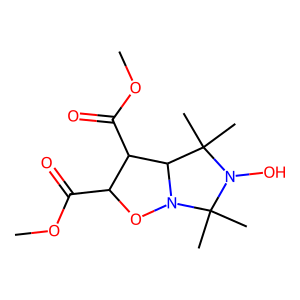
SMILES: COC(=O)C1ON2C(C1C(=O)OC)C(C)(C)N(O)C2(C)C
Inhibits HIV replication: No